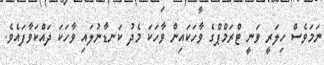
ނަމަވެސް ހިލަރީ ވަނީ ޓްރަމްޕްގެ ވާހަކައިން ވާހަކަ މެދު ކަނޑާނުލައި ވާހަކަ ދައްކަވާފައެވެ.